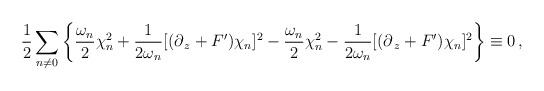
\begin{align*}\frac{1}{2}\sum_{n \neq 0} \left\{\frac{\omega_n}{2}\chi_n^2 +\frac{1}{2\omega_n} [(\partial_{\,z} +F^\prime)\chi_n]^2-\frac{\omega_n}{2}\chi_n^2 - \frac{1}{2\omega_n} [(\partial_{\,z}+F^\prime)\chi_n]^2\right\}\equiv 0\, ,\end{align*}